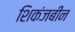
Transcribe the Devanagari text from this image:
शिकंजबीन